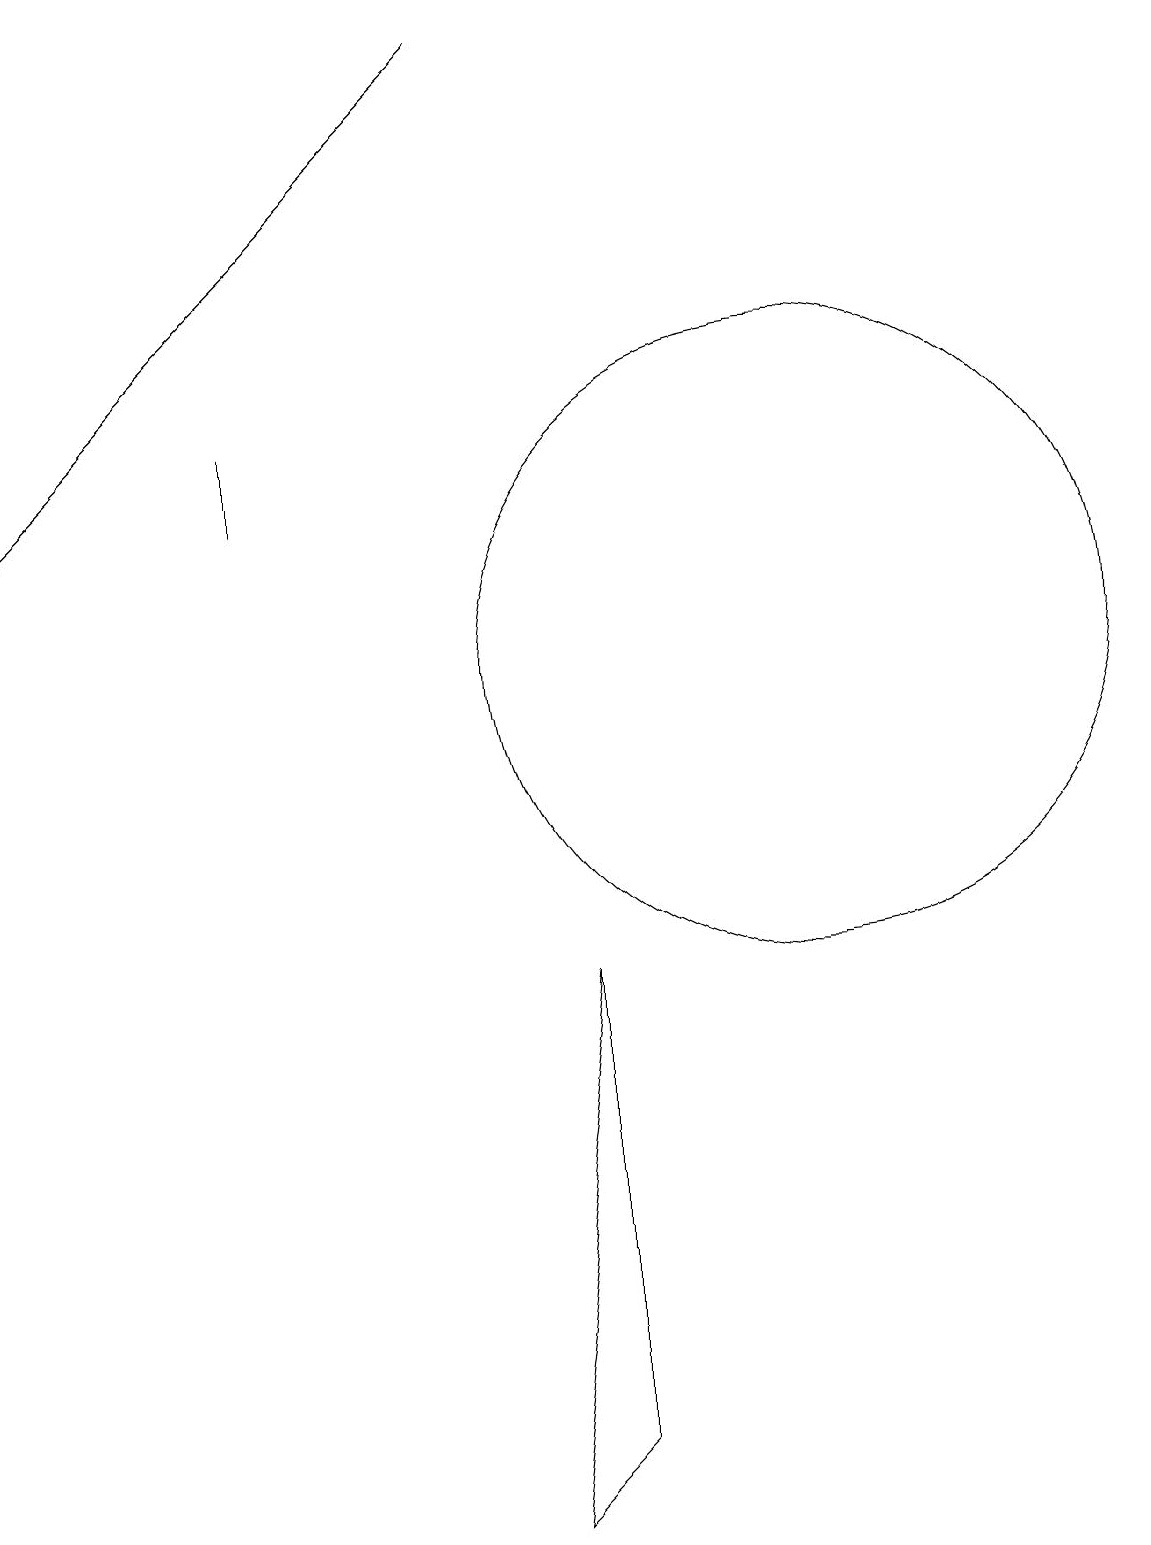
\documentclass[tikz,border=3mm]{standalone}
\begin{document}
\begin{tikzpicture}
\draw[->] (6,19) -- (0,13);
\draw (6,0) -- (7,7) -- (7,1) -- cycle;
\draw (10,11) circle (4);
\draw (3,14) rectangle (3,13);
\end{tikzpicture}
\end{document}